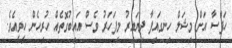
ހަފްސާ އަށް މިޝަލް ހިނގައިފާ ދިޔައިރު މިފަހަރު ވެސް އައިބުގޮތެއް ހުރިހެން ހީވީއެވެ.